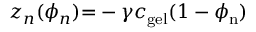
z _ { n } ( \phi _ { n } ) { = } - \gamma c _ { \mathrm { g e l } } ( 1 - \phi _ { \mathrm { n } } )